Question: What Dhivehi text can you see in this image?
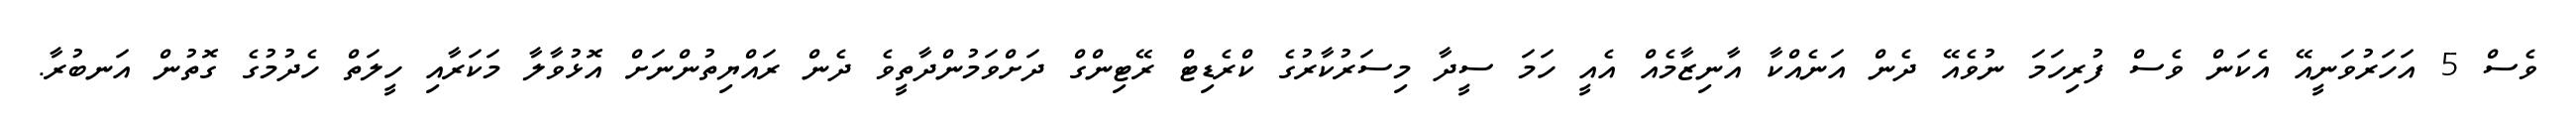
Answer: ވެސް 5 އަހަރުވަނީއޭ އެކަން ވެސް ފުރިހަމަ ނުވެއޭ ދެން އަނެއްކާ އާނިޒާމެއް އެއީ ހަމަ ސީދާ މިސަރުކާރުގެ ކްރެޑިޓް ރޭޓިންގް ދަށްވަމުންދާތީވެ ދެން ރައްޔިތުންނަށް އޮޅުވާލާ މަކަރާއި ހީލަތް ހެދުމުގެ ގޮތުން އަނބުރާ.